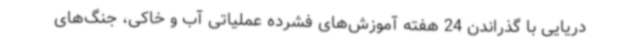
دریایی با گذراندن 24 هفته آموزش‌های فشرده عملیاتی آب و خاکی، جنگ‌های